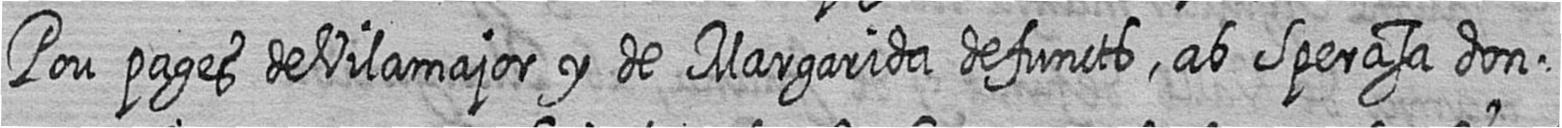
Pou pages de Vilamajor y de Margarida defuncts ab Sperasa don=